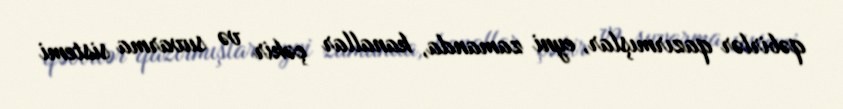
qəbirlər qazırmışlar, eyni zamanda, kanallar çəkir və suvarma sistemi